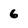
Character: 6